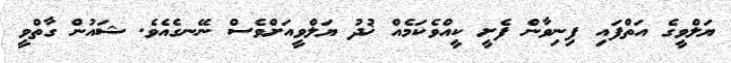
ޔަލްވީގެ އަތްފައި ފިނިވާން ފެށީ ކީއްވެކަމެއް ޚުދު ޔަލްވީއަށްވެސް ނޭނގެއެވެ. ޝައުން ގާތްވީ